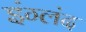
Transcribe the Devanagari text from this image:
इंग्लंद